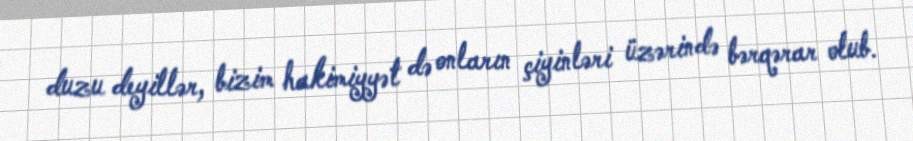
duzu deyillər, bizim hakimiyyət də onların çiyinləri üzərində bərqərar olub.